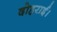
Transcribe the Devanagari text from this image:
दोहराई।